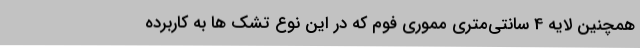
همچنین لایه 4 سانتی‌متری مموری فوم که در این نوع تشک ها به کاربرده